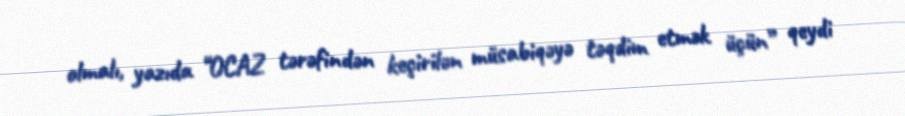
olmalı, yazıda “OCAZ tərəfindən keçirilən müsabiqəyə təqdim etmək üçün” qeydi